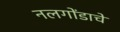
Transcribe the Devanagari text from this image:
नलगोंडाचे